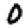
Digit: 0